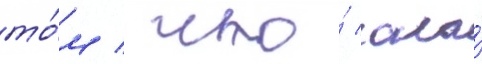
то́м / что́ она́